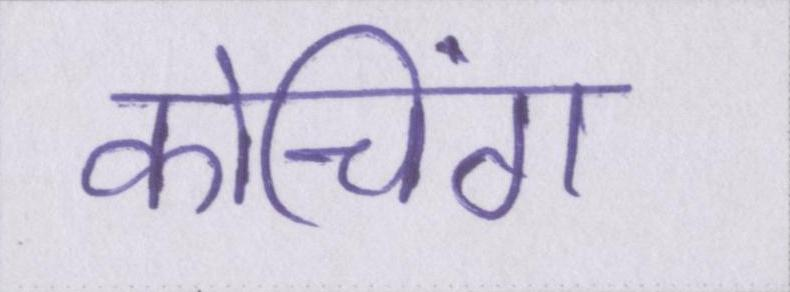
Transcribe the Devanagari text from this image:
कोचिंग